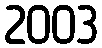
2003